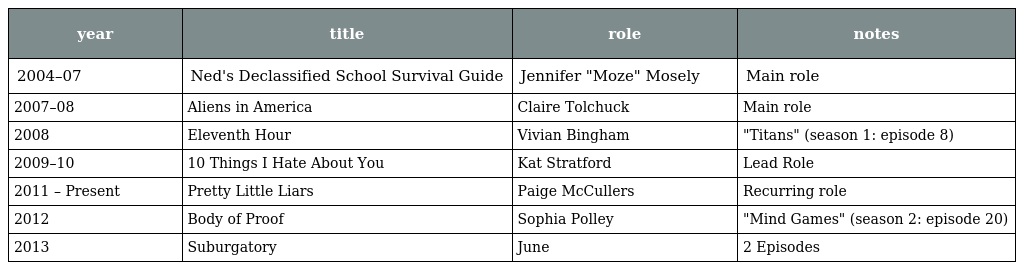
| year | title | role | notes |
 | --- | --- | --- | --- |
 | 2004–07 | Ned's Declassified School Survival Guide | Jennifer "Moze" Mosely | Main role |
 | 2007–08 | Aliens in America | Claire Tolchuck | Main role |
 | 2008 | Eleventh Hour | Vivian Bingham | "Titans" (season 1: episode 8) |
 | 2009–10 | 10 Things I Hate About You | Kat Stratford | Lead Role |
 | 2011 – Present | Pretty Little Liars | Paige McCullers | Recurring role |
 | 2012 | Body of Proof | Sophia Polley | "Mind Games" (season 2: episode 20) |
 | 2013 | Suburgatory | June | 2 Episodes |